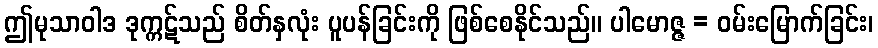
ဤမုသာဝါဒ ဒုက္ကဋ်သည် စိတ်နှလုံး ပူပန်ခြင်းကို ဖြစ်စေနိုင်သည်။ ပါမောဇ္ဇ = ဝမ်းမြောက်ခြင်း၊